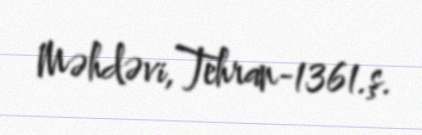
Məhdəvi,Tehran-1361.ş.